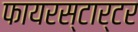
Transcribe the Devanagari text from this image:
फायरस्टार्टर